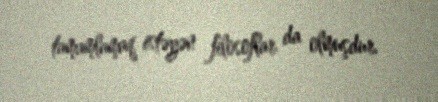
tamamlamaq istəyən filosoflar da olmuşdur.